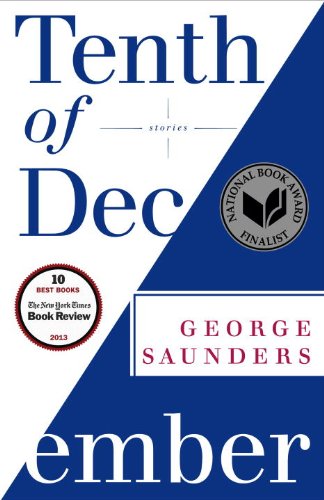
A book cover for Tenth of December: Stories; George Saunders; Humor & Entertainment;